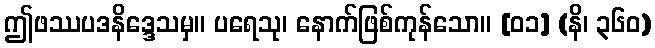
ဤဖဿပဒနိဒ္ဒေသမှ။ ပရေသု၊ နောက်ဖြစ်ကုန်သော။ [၀၁] (နိ၊ ၃၆၀)